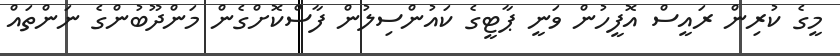
މީގެ ކުރިން ރައީސް އޮފީހުން ވަނީ ޕާޓީގެ ކައުންސިލުން ފާސްކޮށްގެން މަންދޫބުންގެ ނަންތައް